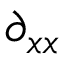
\partial _ { x x }